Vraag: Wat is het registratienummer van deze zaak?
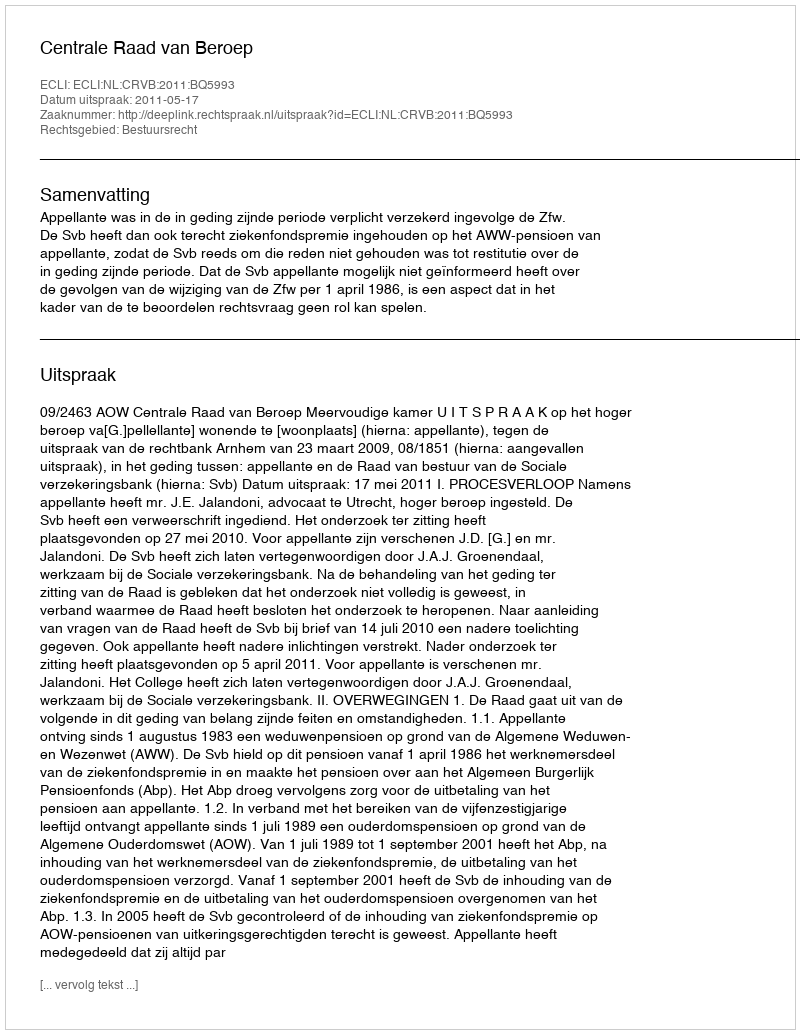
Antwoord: http://deeplink.rechtspraak.nl/uitspraak?id=ECLI:NL:CRVB:2011:BQ5993